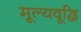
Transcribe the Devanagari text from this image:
मूल्यवूद्धि